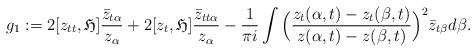
LaTeX: \begin{align*}g_1:=2[z_{tt}, \mathfrak{H}]\frac{\bar{z}_{t\alpha}}{z_{\alpha}}+2[z_t, \mathfrak{H}] \frac{\bar{z}_{tt\alpha}}{z_{\alpha}}-\frac{1}{\pi i}\int \Big(\frac{z_t(\alpha,t)-z_t(\beta,t)}{z(\alpha,t)-z(\beta,t)}\Big)^2 \bar{z}_{t\beta}d\beta.\end{align*}